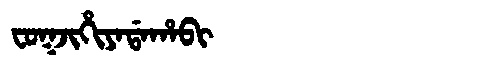
Manchu: ᠸᠣᡴᠵᡳᡥᡳᠶᠠᡩᠠᡥᠠᠪᡳ
Romanization: FOKJIHIYADAHABI